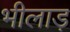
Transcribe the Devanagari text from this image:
भीलाड़